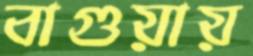
বাগুয়ায়